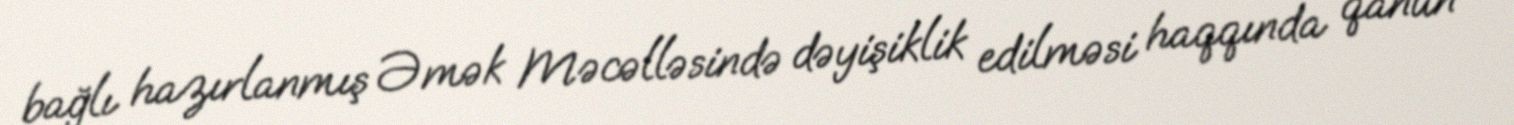
bağlı hazırlanmış Əmək Məcəlləsində dəyişiklik edilməsi haqqında qanun